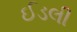
ઈડલી